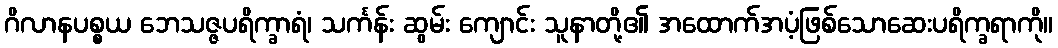
ဂိလာနပစ္စယ ဘေသဇ္ဇပရိက္ခာရံ၊ သင်္ကန်း ဆွမ်း ကျောင်း သူနာတို့၏ အထောက်အပံ့ဖြစ်သောဆေးပရိက္ခရာကို။